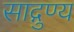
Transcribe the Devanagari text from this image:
साद्गुण्य